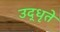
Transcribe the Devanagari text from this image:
उद्‌धृते